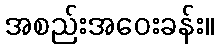
အစည်းအဝေးခန်း။